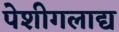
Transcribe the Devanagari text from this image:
पेशीगलाद्य